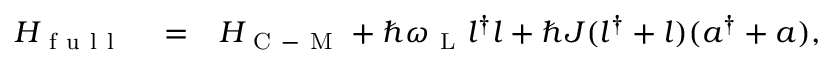
\begin{array} { r l r } { H _ { \mathrm { ~ f ~ u ~ l ~ l ~ } } } & { { } = } & { H _ { \mathrm { ~ C ~ - ~ M ~ } } + \hbar \omega _ { \mathrm { ~ L ~ } } l ^ { \dagger } l + \hbar J ( l ^ { \dagger } + l ) ( a ^ { \dagger } + a ) , } \end{array}